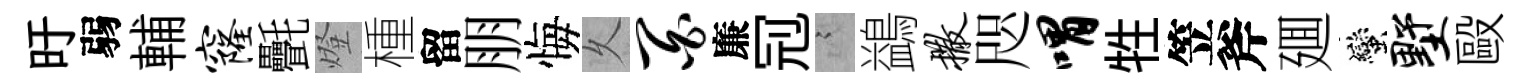
旴弱輔窿㲲燈㮔留朋悔乆百廉𠜍謭鷁撒咫喟牲笠斧廽蠻墅毆